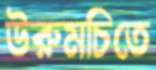
উরুমচিতে